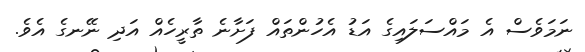
ނަމަވެސް އެ މައްސަލައިގެ އަޑު އެހުންތައް ފަށާނެ ތާރީހެއް އަދި ނޭނގެ އެވެ.